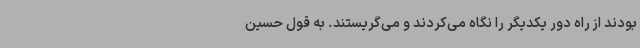
بودند از راه دور یکدیگر را نگاه می‌کردند و می‌گریستند. به قول حسین